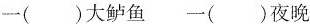
一( )大鲈鱼 一( )夜晚